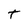
Character: t